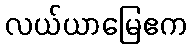
လယ်ယာမြေဧက